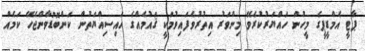
ޕާޓީ އެމްޑީޕީގެ މީހުން ހައްޔަރުކުރެވޭ މިންވަރު އިތުރުވެފައިވުމަކީ ޤައުމެއްގެ ހައިސިއްޔަތުން ކަންބޮޑުވާންޖެހޭ ކަމެއް